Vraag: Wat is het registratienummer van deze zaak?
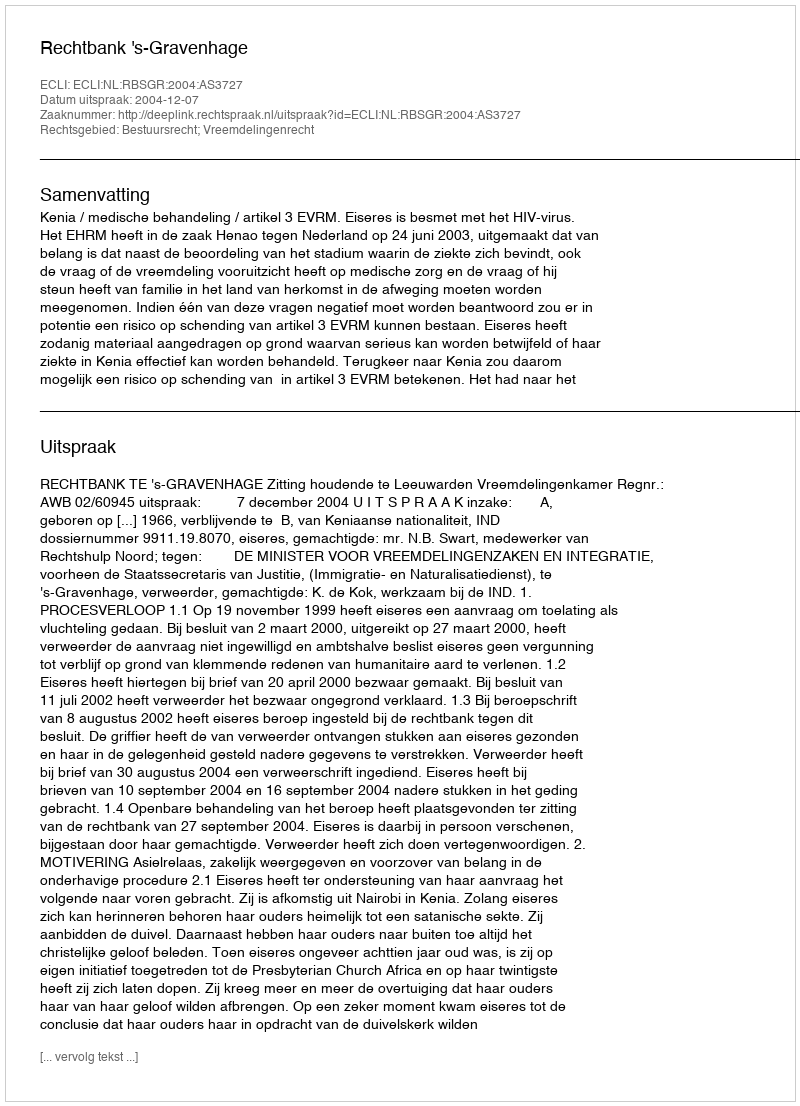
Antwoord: http://deeplink.rechtspraak.nl/uitspraak?id=ECLI:NL:RBSGR:2004:AS3727